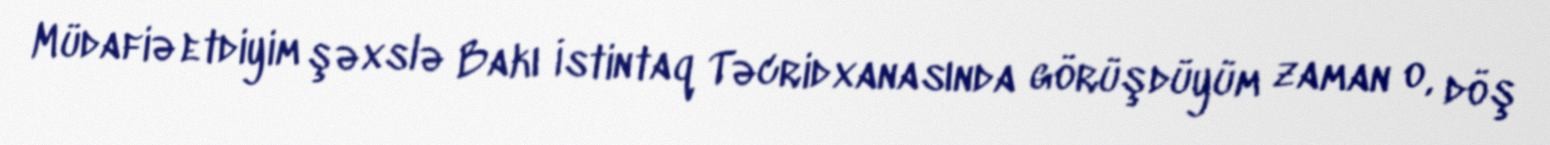
Müdafiə etdiyim şəxslə Bakı İstintaq Təcridxanasında görüşdüyüm zaman o, döş